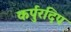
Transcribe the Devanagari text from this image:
कर्पुरदिप